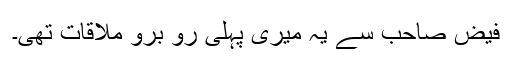
فیض صاحب سے یہ میری پہلی رو برو ملاقات تھی۔